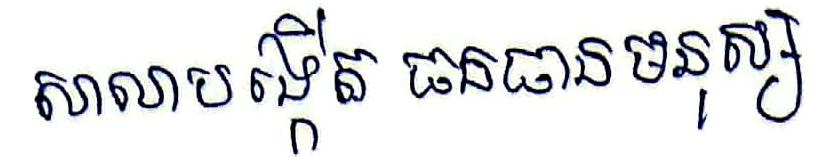
សាលាបង្កើត ធនធានមនុស្ស